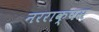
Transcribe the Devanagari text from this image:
नरराक्षस